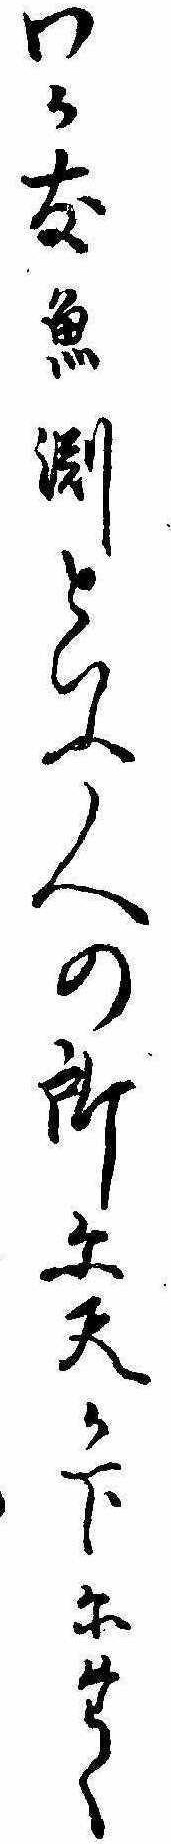
わか友魚淵といふ人の所に天か下にたく